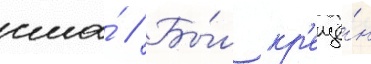
сша́ // Бы́л кр'ещё́н